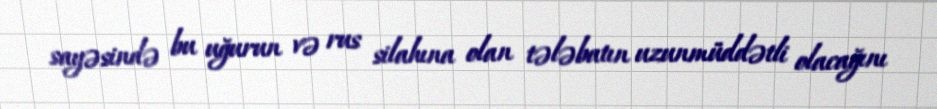
sayəsində bu uğurun və rus silahına olan tələbatın uzunmüddətli olacağını